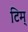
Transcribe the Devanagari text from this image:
टिम्‌